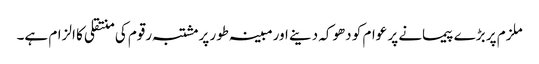
ملزم پر بڑے پیمانے پر عوام کو دھوکہ دینے اورمبینہ طور پرمشتبہ رقوم کی منتقلی کا الزام ہے۔